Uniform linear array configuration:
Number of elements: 32
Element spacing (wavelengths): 0.5
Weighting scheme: blackman
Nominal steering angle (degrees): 45
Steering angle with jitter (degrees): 45.134
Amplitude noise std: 0.05
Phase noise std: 0.05

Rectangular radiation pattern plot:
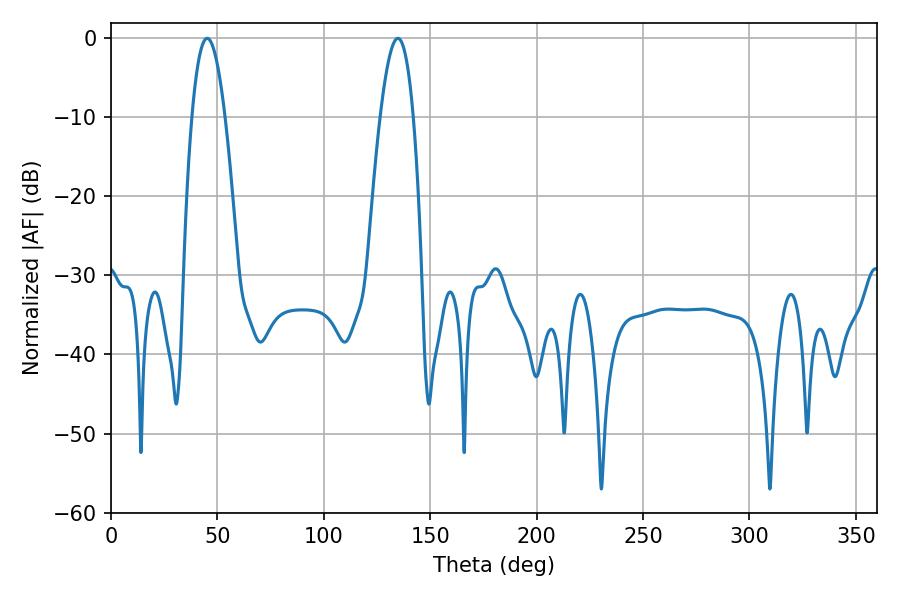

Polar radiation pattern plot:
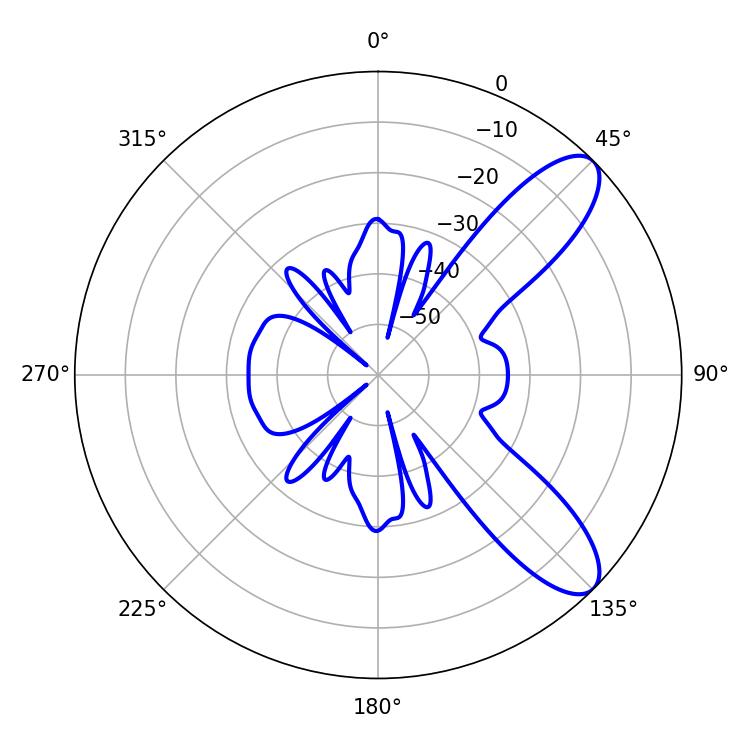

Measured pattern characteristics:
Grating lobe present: FALSE
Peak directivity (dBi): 9.42
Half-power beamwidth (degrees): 8.64
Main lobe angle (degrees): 45.18